Vabadussoja_Ajaloo_Komitee, lk 12
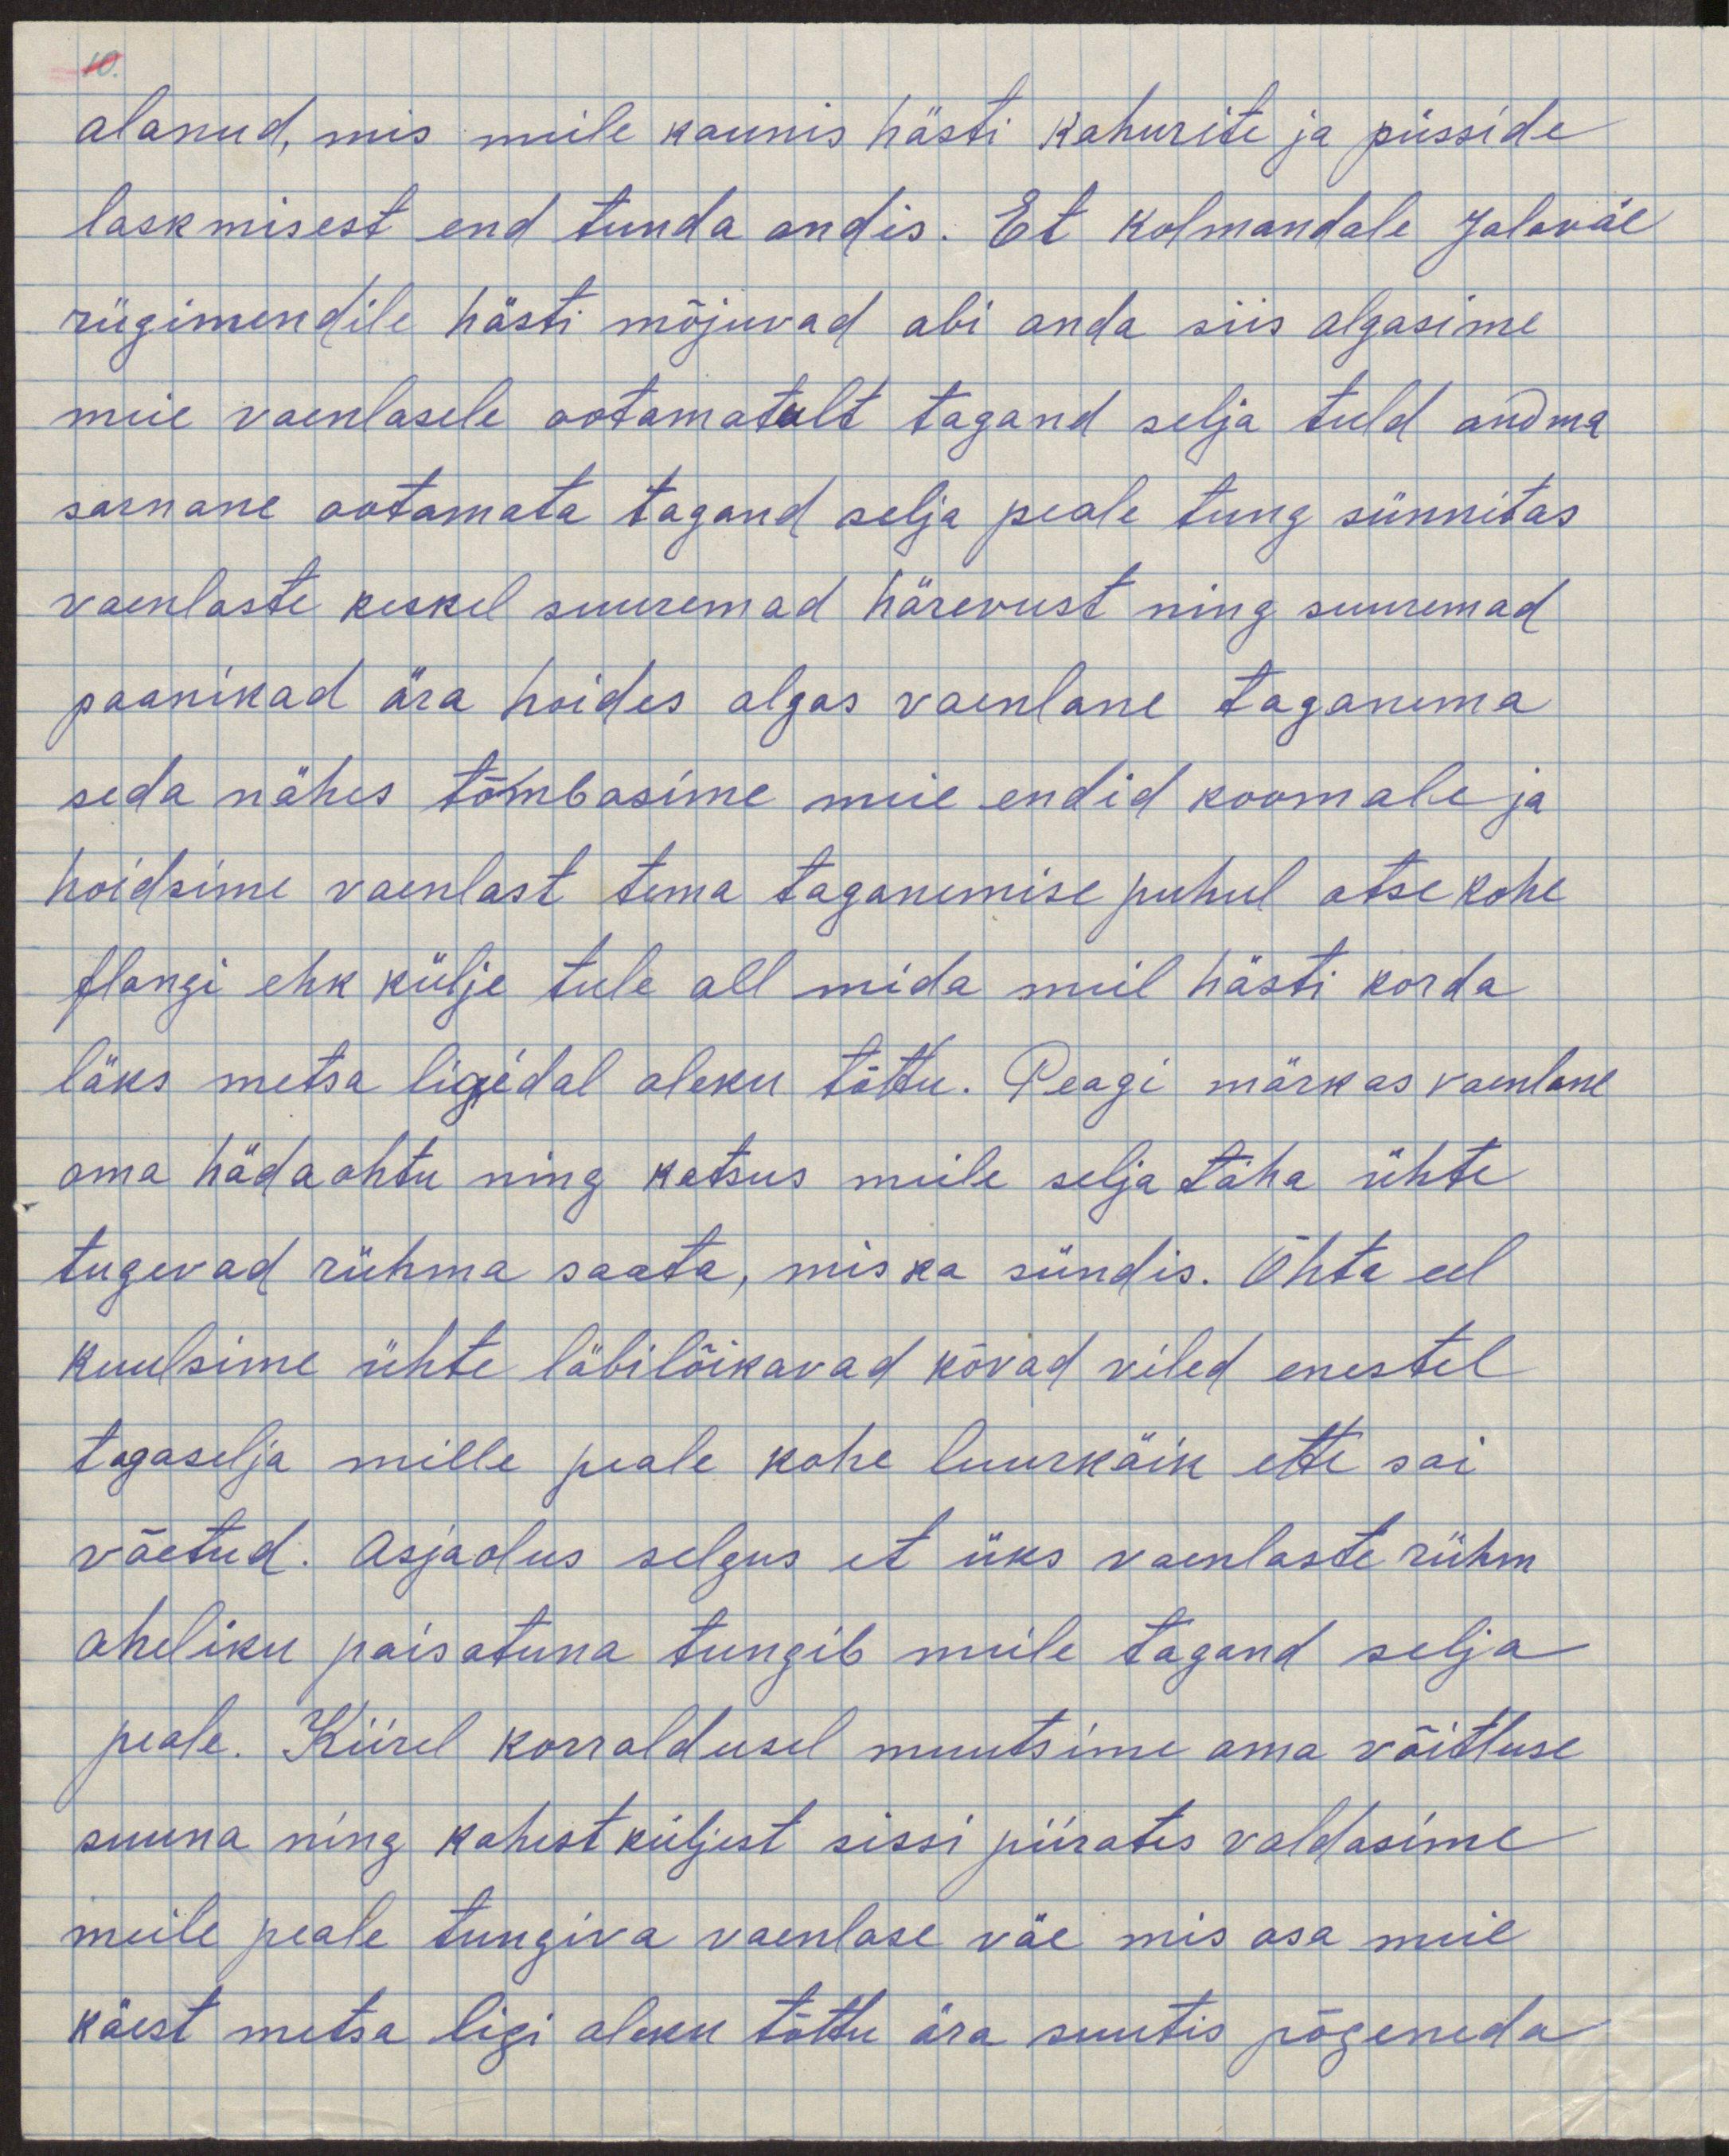
alanud, mis meile kaunis hästi kahurite ja püsside
laskmisest end tunda andis. Et kolmandale Jalaväe
rügimendile hästi mõjuvad abi anda siis algasime
meie vaenlasele ootamatult tagand selja tuld andma
sarnane ootamata tagand selja peale tung sünnitas
vaenlaste kukil suuremad härevust ning suuremad
paanikad ära hoides algas vaenlane taganema
seda nähes tõmbasime meie endid koomale ja
hoidsime vaenlaste tema taganemise puhul otse kohe
flangi ehk külje tule all mida meil hästi korda
läks metsa ligidale oleku tõttu. Peagi märkas vaenlane
oma hädaohtu ning katsus meile selja taha ühte
tugevad rühma saata, mis ka sündis. Õhtu eel
kuulsime ühte läbilõikavad kõvad viled enestel
tagaselja mille peale kohe luurekäik ette sai
võetud. Asjaolus selgus, et üks vaenlaste rühm
aheliku paisatuna tungib meile tagand selja
peale. Kiirel korraldusel muutsime oma võitluse
suuna ning kahest küljest sisse piirates valdasime
meile peale tungiva vaenlase väe mis osa meil
käest metsa ligi oleku tõttu ära suutis põgeneda